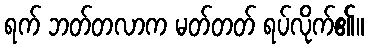
ရက် ဘတ်တလာက မတ်တတ် ရပ်လိုက်၏။